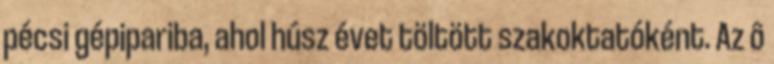
pécsi gépipariba, ahol húsz évet töltött szakoktatóként. Az ô